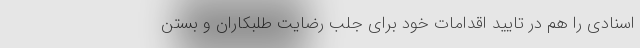
اسنادی را هم در تایید اقدامات خود برای جلب رضایت طلبکاران و بستن